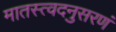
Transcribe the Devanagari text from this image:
मातस्त्वदनुसरणं